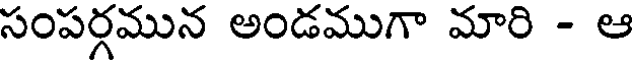
సంపర్గమున అండముగా మారి - ఆ